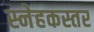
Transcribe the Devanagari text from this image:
स्नेहकस्तर